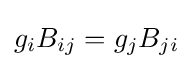
g_{i}B_{ij}=g_{j}B_{ji}